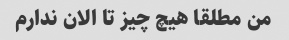
من مطلقا هیچ چیز تا الان ندارم